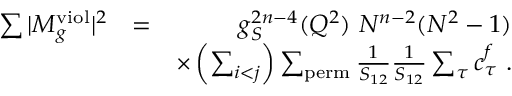
\begin{array} { r l r } { \sum \vert M _ { g } ^ { \mathrm { v i o l } } \vert ^ { 2 } } & { = } & { g _ { S } ^ { 2 n - 4 } ( Q ^ { 2 } ) ~ N ^ { n - 2 } ( N ^ { 2 } - 1 ) } \\ & { } & { \times \left( \sum _ { i < j } \right) \sum _ { \mathrm { p e r m } } \frac { 1 } { S _ { 1 2 } } \frac { 1 } { S _ { 1 2 } } \sum _ { \tau } c _ { \tau } ^ { f } ~ . } \end{array}